Indian journal of veterinary science and animal husbandry - Volumes 15-17, 1948-1951
Year: 1948
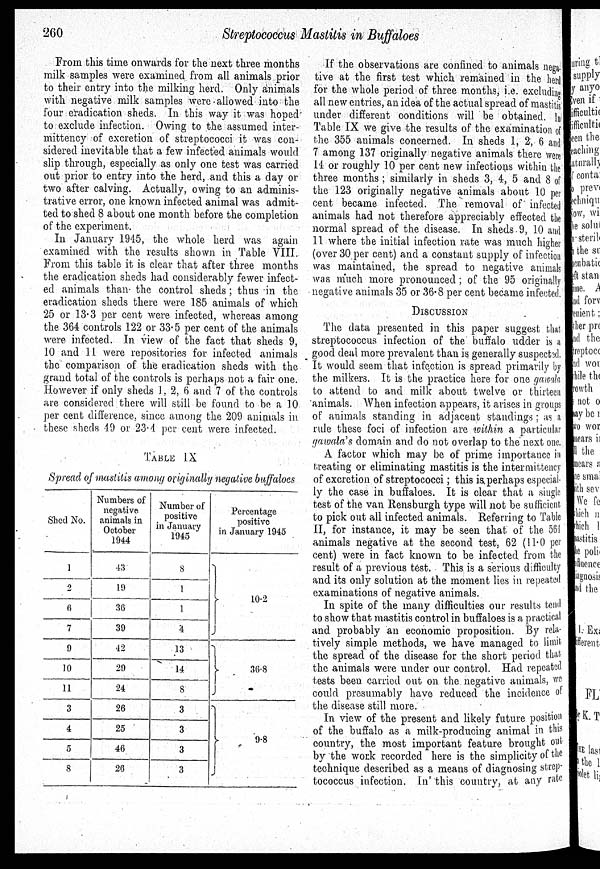
260
Streptococcus Mastitis in Buffaloes
From this time onwards for the next three months
milk samples were examined from all animals prior
to their entry into the milking herd. Only animals
with negative milk samples were allowed into the
four eradication sheds. In this way it was hoped
to exclude infection. Owing to the assumed inter-
mittency of excretion of streptococci it was con-
sidered inevitable that a few infected animals would
slip through, especially as only one test was carried
out prior to entry into the herd, and this a day or
two after calving. Actually, owing to an adminis-
trative error, one known infected animal was admit-
ted to shed 8 about one month before the completion
of the experiment.
In January 1945, the whole herd was again
examined with the results shown in Table VIII.
From this table it is clear that after three months
the eradication sheds had considerably fewer infect-
ed animals than the control sheds; thus in the
eradication sheds there were 185 animals of which
25 or 13.3 per cent were infected, whereas among
the. 364 controls 122 or 33.5 per cent of the animals
were infected. In view of the fact that sheds 9,
10 and 11 were repositories for infected animals
the comparison of the eradication sheds with the
grand total of the controls is perhaps not a fair one.
However if only sheds 1, 2, 6 and 7 of the controls
are considered there will still be found to be a 10
per cent difference, since among the 209 animals in
these sheds 49 or 23.4 per cent were infected.
TABLE IX
Spread of mastitis among originally negative buffaloes
Shed No.
1
2
6
7
9
10
11
3
4
5
8
Numbers of
negative
animals in
October
1944
43
19
36
39
42
29
24
26
25
46
26
Number of
positive
in January
1945
8
1
1
4
13
14
8
3
3
3
3
Percentage
positive
in January 1945
10.2
36.8
9.8
If the observations are confined to animals nega-
tive at the first test which remained in the herd
for the whole period of three months, i.e. excluding
all new entries, an idea of the actual spread of mastitis
under different conditions will be obtained. In
Table IX we give the results of the examination of
the 355 animals concerned. In sheds 1, 2, 6 and
7 among 137 originally negative animals there were
14 or roughly 10 per cent new infections within the
three months; similarly in sheds 3, 4, 5 and 8 of
the 123 originally negative animals about 10 per
cent became infected. The removal of infected
animals had not therefore appreciably effected the
normal spread of the disease. In sheds 9, 10 and
11 where the initial infection rate was much higher
(over 30 per cent) and a constant supply of infection
was maintained, the spread to negative animals
was much more pronounced; of the 95 originally
negative animals 35 or 36.8 per cent became infected.
DISCUSSION
The data presented in this paper suggest that
streptococcus infection of the buffalo udder is a
good deal more prevalent than is generally suspected.
It would seem that infection is spread primarily by
the milkers. It is the practice here for one gawala
to attend to and milk about twelve or thirteen
animals. When infection appears, it arises in groups
of animals standing in adjacent standings; as a
rule these foci of infection are within a particular
gawala's domain and do not overlap to the next one.
A factor which may be of prime importance in
treating or eliminating mastitis is the intermittency
of excretion of streptococci; this is perhaps especial-
ly the case in buffaloes. It is clear that a single
test of the van Rensburgh type will not be sufficient
to pick out all infected animals. Referring to Table
II, for instance, it may be seen that of the 561
animals negative at the second test, 62 (11.0 per
cent) were in fact known to be infected from the
result of a previous test. This is a serious difficulty
and its only solution at the moment lies in repeated
examinations of negative animals.
In spite of the many difficulties our results tend
to show that mastitis control in buffaloes is a practical
and probably an economic proposition. By rela-
tively simple methods, we have managed to limit
the spread of the disease for the short period that
the animals were under our control. Had repeated
tests been carried out on the. negative animals, we
could presumably have reduced the incidence of
the disease still more.
In view of the present and likely future position
of the buffalo as a milk-producing animal in this
country, the most important feature brought out
by the work recorded here is the simplicity of the
technique described as a means of diagnosing strep-
tococcus infection. In this country, at any rate